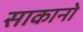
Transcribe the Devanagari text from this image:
साकानो